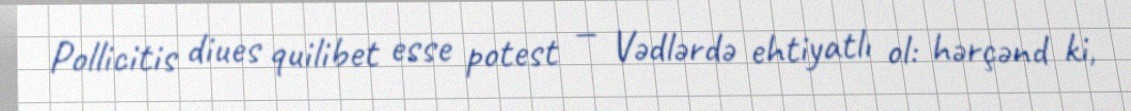
Pollicitis diues quilibet esse potest — Vədlərdə ehtiyatlı ol: hərçənd ki,